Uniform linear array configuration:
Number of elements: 32
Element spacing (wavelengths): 0.25
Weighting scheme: exponential
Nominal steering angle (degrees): -15
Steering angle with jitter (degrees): -13.225
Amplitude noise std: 0.05
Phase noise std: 0.05

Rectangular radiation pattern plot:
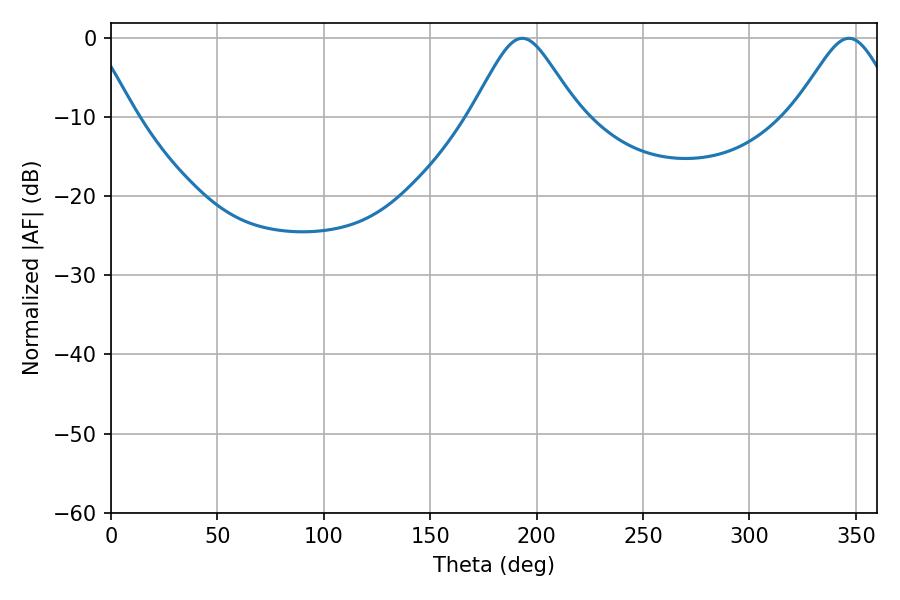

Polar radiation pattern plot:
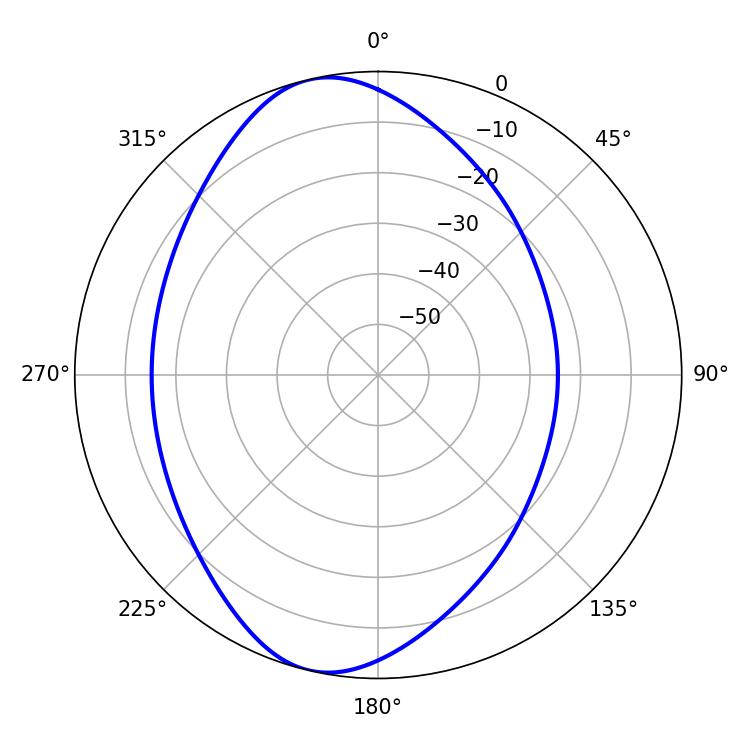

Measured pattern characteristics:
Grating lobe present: FALSE
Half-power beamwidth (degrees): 24.3
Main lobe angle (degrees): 193.32